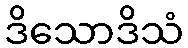
ဒိသောဒိသံ